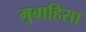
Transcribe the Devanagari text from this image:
मुबाहिसा